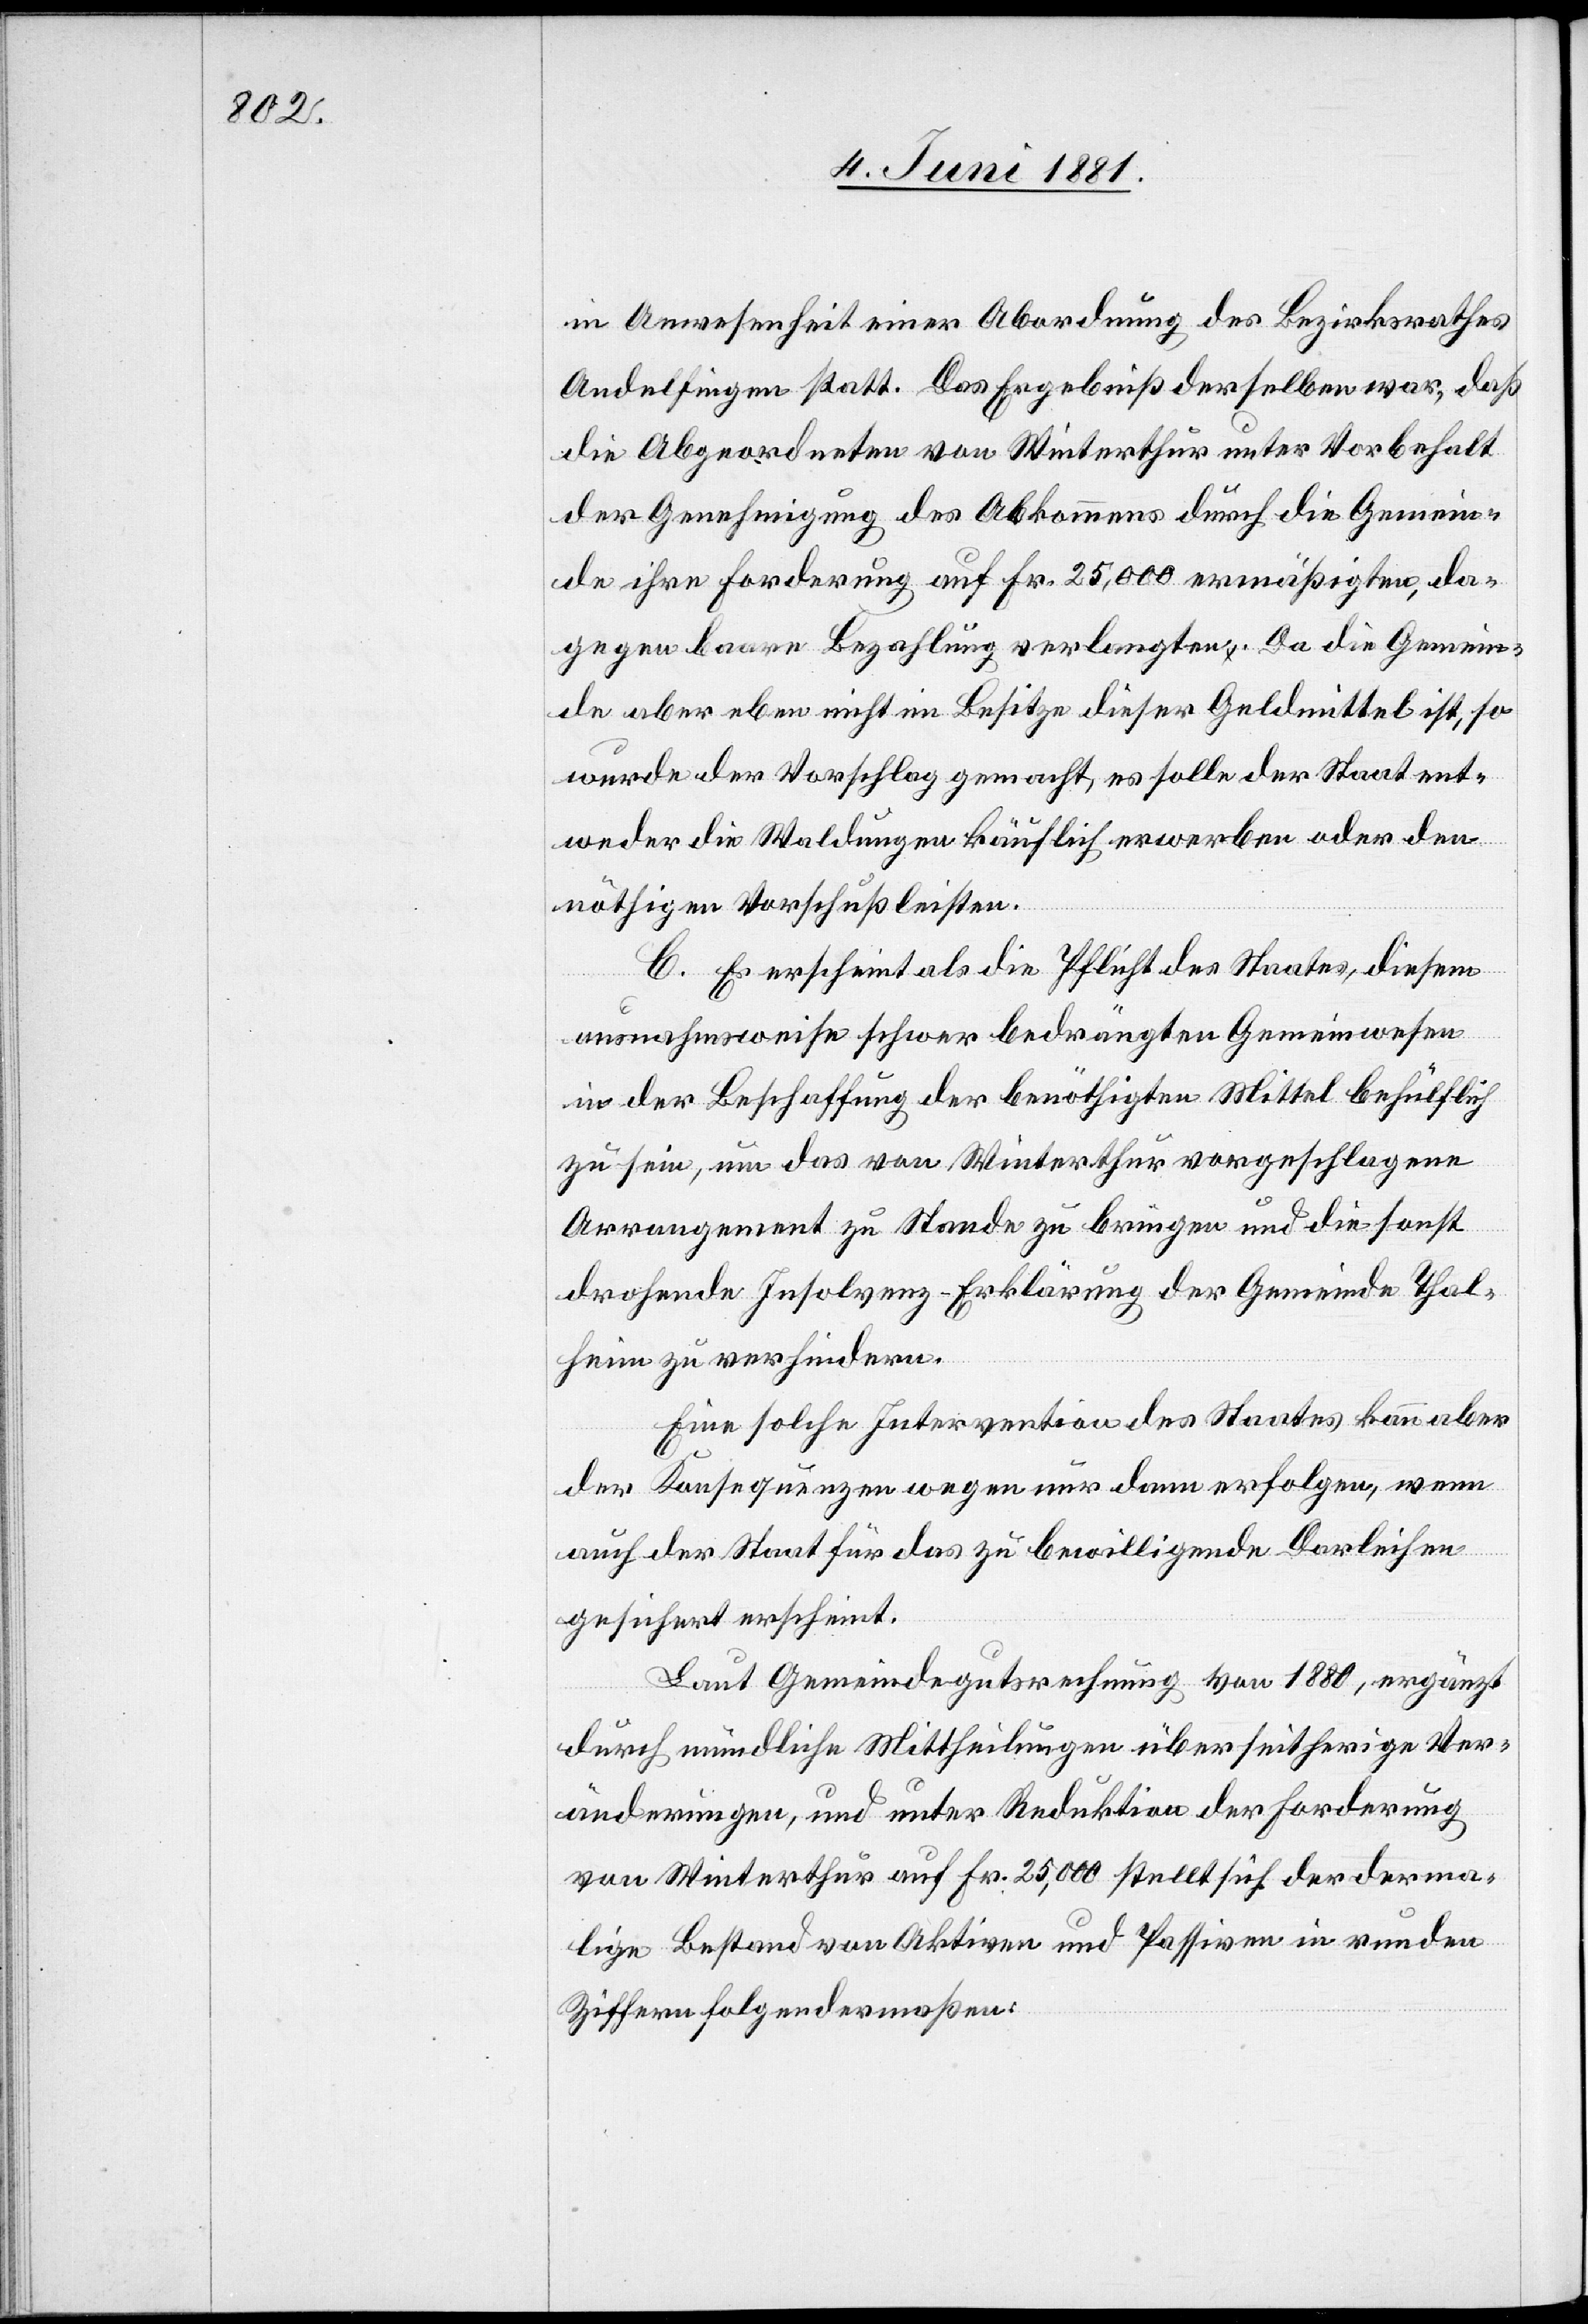
in Anwesenheit einer Abordnung des Bezirksrathes
Andelfingen statt. Das Ergebniß derselben war, daß
die Abgeordneten von Winterthur unter Vorbehalt
der Genehmigung des Abkommens durch die Gemein¬
de ihre Forderung auf Fr. 25,000 ermäßigten, da¬
gegen baare Bezahlung verlangten. Da die Gemein¬
de aber eben nicht im Besitze dieser Geldmittel ist, so
wurde der Vorschlag gemacht, es solle der Staat ent¬
weder die Waldungen käuflich erwerben oder den
nöthigen Vorschuß leisten.
C. Es erscheint als die Pflicht des Staates, diesem
ausnahmsweise schwer bedrängten Gemeindewesen
in der Beschaffung der benöthigten Mittel behülflich
zu sein, um das von Winterthur vorgeschlagene
Arrangement zu Stande zu bringen und die sonst
drohende Insolvenz-Erklärung der Gemeinde Thal¬
heim zu verhindern.
Eine solche Intervention des Staates kann aber
der Konsequenzen wegen nur dann erfolgen, wenn
auch der Staat für das zu bewilligende Darleihen
gesichert erscheint.
Laut Gemeindegutsrechnung von 1880, ergänzt
durch mündliche Mittheilungen über seitherige Ver¬
änderungen, und unter Reduktion der Forderung
von Winterthur auf Fr. 25,000 stellt sich der derma¬
lige Bestand von Aktiven und Passiven in runden
Ziffern folgendermaßen: